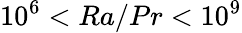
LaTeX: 10^{6}<Ra/Pr<10^{9}